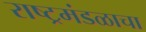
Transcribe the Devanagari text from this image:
राष्ट्रमंडळाचा